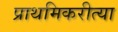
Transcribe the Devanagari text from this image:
प्राथमिकरीत्या